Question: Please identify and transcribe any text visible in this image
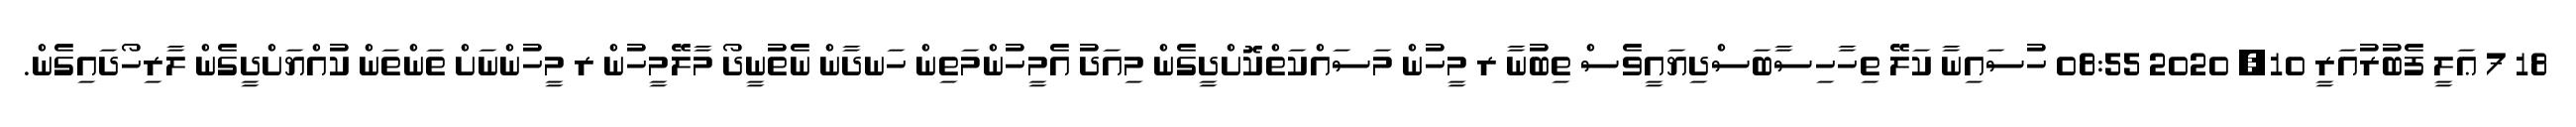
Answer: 18 7 ޢަލީ ފެބުރުއަރީ 10, 2020 08:55 ހުސައިނާ ކަލޭ ތިހާހިސާބަސްދިޔައީވެސް ތިބުނާ ރ މީހުން މަސައްކަތްކޮށްދީގެން މިއަދު އެމީހުންމަތިން ހަނދާން ނެތުނީދޯ މާލޭމީހުން ރ މީހުންނަށް ތަންތަން ކުއްޔަށްދީގެން ލާރިހޯދައިގެން.